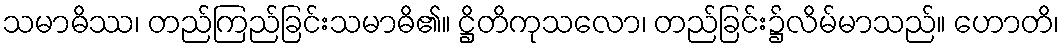
သမာဓိဿ၊ တည်ကြည်ခြင်းသမာဓိ၏။ ဋ္ဌိတိကုသလော၊ တည်ခြင်း၌လိမ်မာသည်။ ဟောတိ၊